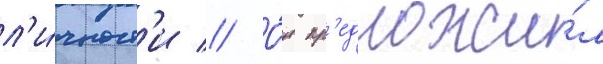
л'и́чност'и // О́н пр'едложи́л